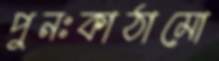
পুনঃকাঠামো